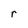
Character: r